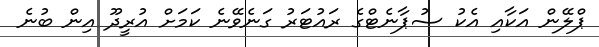
ޕްލޭން އަކާއި އެކު ސުޕާނެޓްގެ ރައުޓަރު ގަނެވޭނެ ކަމަށް އުރީދޫ އިން ބުނެ